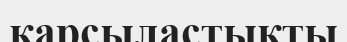
қарсыластықты